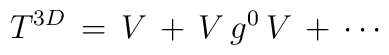
T^{3D}\,=\,V\,+\,V\,g^0\,V\,+\,\cdots